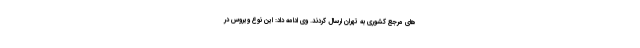
های مرجع کشوری به تهران ارسال کردند. وی ادامه داد: این نوع ویروس در